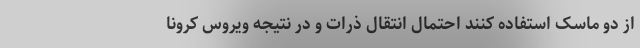
از دو ماسک استفاده کنند احتمال انتقال ذرات و در نتیجه ویروس کرونا